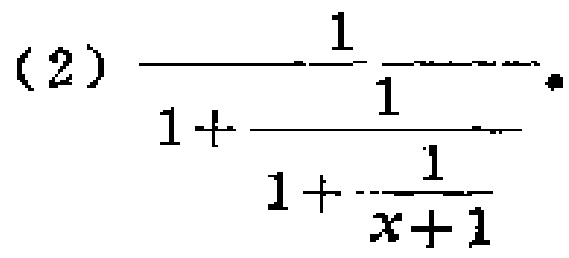
(2) \(\frac{1}{1 + \frac{1}{1+\frac{1}{x + 1}}}\)